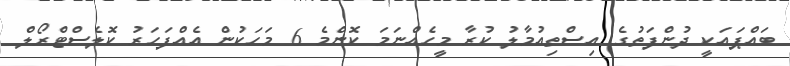
ބައްޕައަކީ ދުންފަތުގެ އިސްތިއުމާލު ކުރާ މީހެއްނަމަ ކޮންމެ 6 މަހަކުން އެއްފަހަރު ކޮލެސްޓްރޯލް